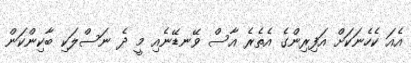
އެއަ ކެހެނަކަށް އަފިރިންގެ އެތެރެ އާސް ވޭނޑޭނެއި މީ ދެ ނަސްލަކި ބާކިންކަން